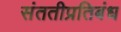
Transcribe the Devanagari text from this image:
संततीप्रतिबंध